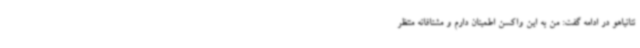
نتانیاهو در ادامه گفت: من به این واکسن اطمینان دارم و مشتاقانه منتظر